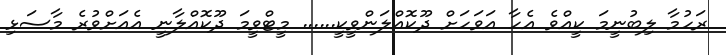
ރަހުމާ ލިބުނީމަ ކީއްވެ އެހާ އަވަހަށް ދޫކޮއްލަންވީކީ...... މީޓްވީމަ ދޫކޮއްލާނީ އެއަށްވުރެ މާސަޅި